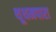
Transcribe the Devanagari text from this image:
थूथमपारा